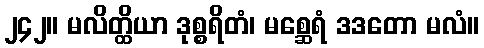
၂၄၂။ မလိတ္ထိယာ ဒုစ္စရိတံ၊ မစ္ဆေရံ ဒဒတော မလံ။